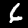
Digit: 6